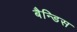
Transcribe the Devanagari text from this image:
बैन्डिस